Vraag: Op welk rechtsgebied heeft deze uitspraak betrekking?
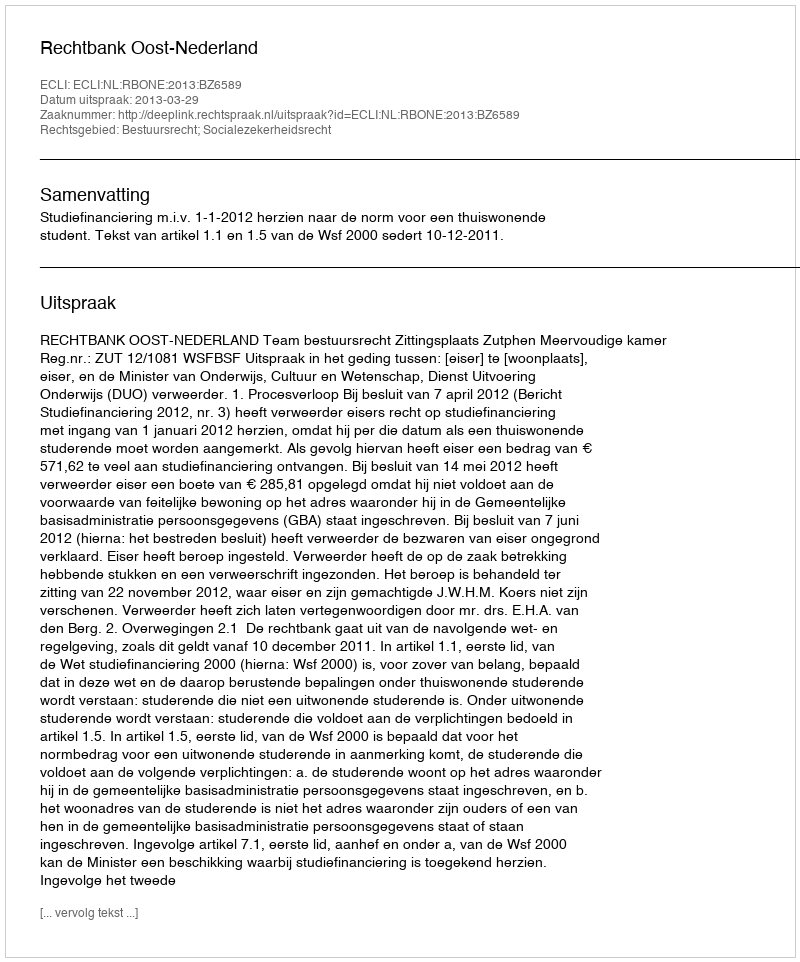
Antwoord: Bestuursrecht; Socialezekerheidsrecht